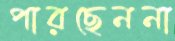
পারছেননা